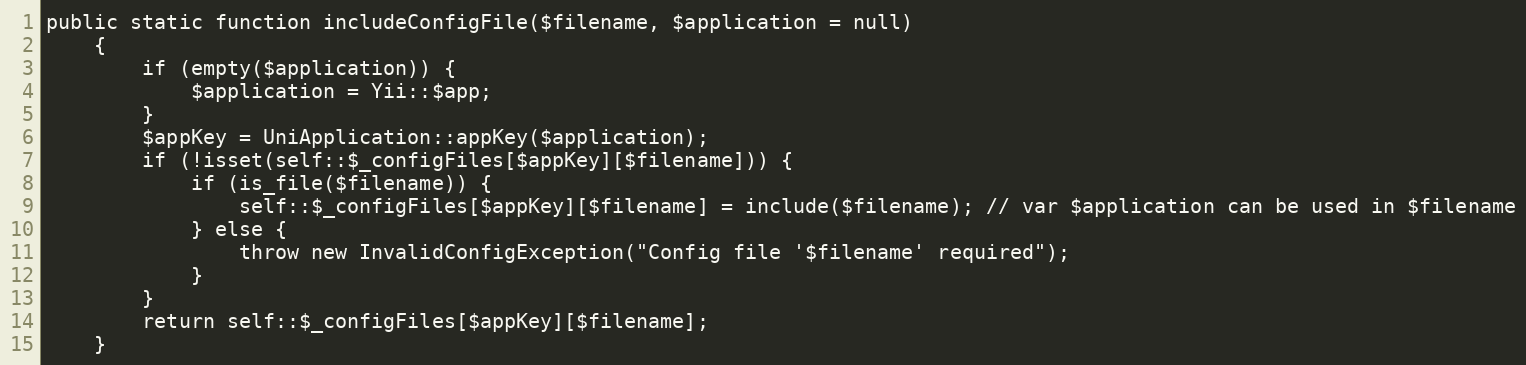
Language: PHP
public static function includeConfigFile($filename, $application = null)
    {
        if (empty($application)) {
            $application = Yii::$app;
        }
        $appKey = UniApplication::appKey($application);
        if (!isset(self::$_configFiles[$appKey][$filename])) {
            if (is_file($filename)) {
                self::$_configFiles[$appKey][$filename] = include($filename); // var $application can be used in $filename
            } else {
                throw new InvalidConfigException("Config file '$filename' required");
            }
        }
        return self::$_configFiles[$appKey][$filename];
    }